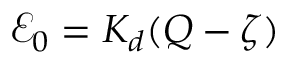
\ensuremath { \mathcal { E } _ { 0 } } = K _ { d } ( Q - \zeta )